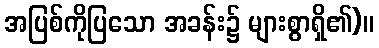
အပြစ်ကိုပြသော အခန်း၌ များစွာရှိ၏)။